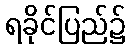
ရခိုင်ပြည်၌